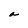
Character: a